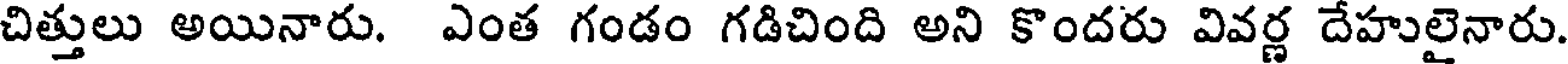
చిత్తులు అయినారు. ఎంత గండం గడిచింది అని కొందరు వివర్ణ దేహులైనారు.